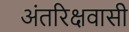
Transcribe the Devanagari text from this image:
अंतरिक्षवासी